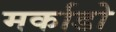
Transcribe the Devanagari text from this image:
मर्काडो